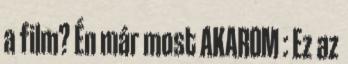
a film? Én már most AKAROM : Ez az